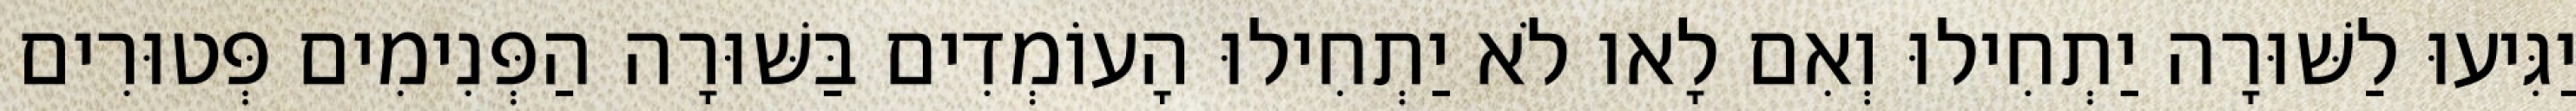
יַגִּיעוּ לַשּׁוּרָה יַתְחִילוּ וְאִם לָאו לֹא יַתְחִילוּ הָעוֹמְדִים בַּשּׁוּרָה הַפְּנִימִים פְּטוּרִים